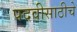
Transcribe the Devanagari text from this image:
पदवीसाठीचे